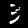
Digit: 3